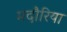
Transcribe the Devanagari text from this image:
मदौरिया